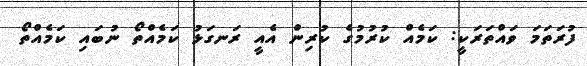
ފުރަތަމަ ވައްތަރަކީ: ކަމެއް ކުރުމުގެ ކުރިން އެއީ ރަނގަޅު ކަމެއްތޯ ނުބައި ކަމެއްތޯ